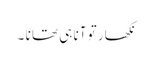
نکھار تو آنا ہی تھا نا ۔